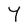
Character: 4